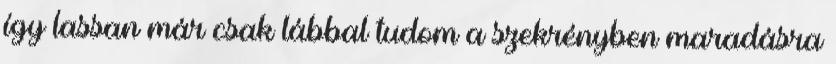
így lassan már csak lábbal tudom a szekrényben maradásra